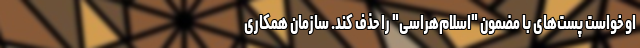
او خواست پست‌های با مضمون "اسلام‌هراسی" را حذف کند. سازمان همکاری